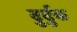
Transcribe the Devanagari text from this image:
दुर्दुक